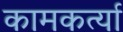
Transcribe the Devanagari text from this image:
कामकर्त्या